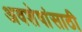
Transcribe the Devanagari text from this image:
अवशेषांसाठी